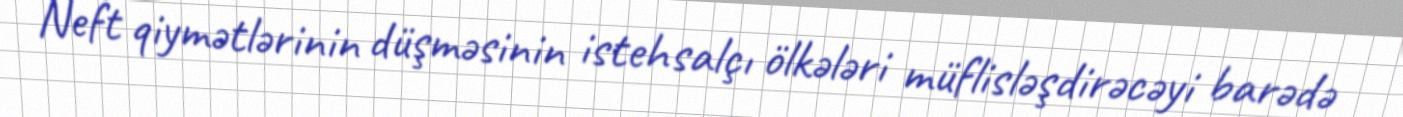
Neft qiymətlərinin düşməsinin istehsalçı ölkələri müflisləşdirəcəyi barədə